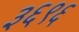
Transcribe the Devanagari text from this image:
३६९६